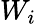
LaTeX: W_{i}